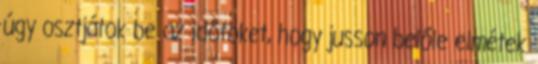
úgy osztjátok be az időtöket, hogy jusson belőle elmétek